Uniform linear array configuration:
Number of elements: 4
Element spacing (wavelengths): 1
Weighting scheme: cosine
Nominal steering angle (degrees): -30
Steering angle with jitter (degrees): -29.932
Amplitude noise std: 0.05
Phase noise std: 0.05

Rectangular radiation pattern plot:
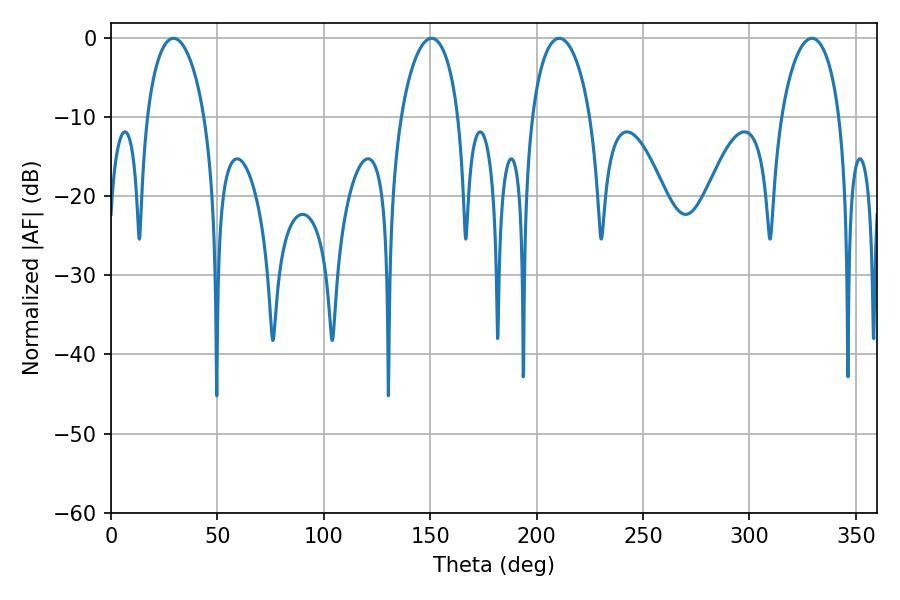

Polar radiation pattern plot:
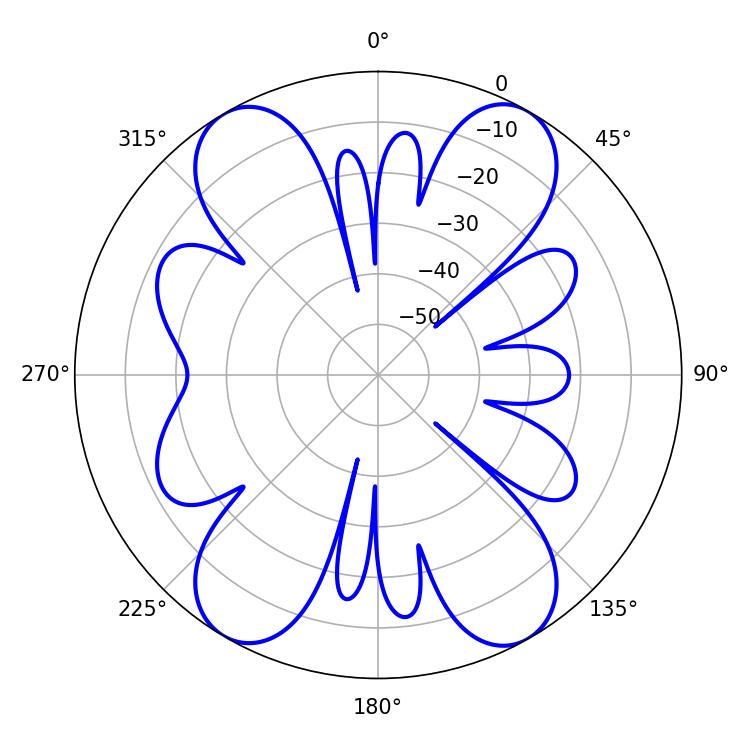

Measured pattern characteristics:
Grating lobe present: TRUE
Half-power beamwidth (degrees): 15.66
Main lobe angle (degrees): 210.6